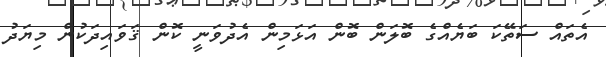
އެތައް ސަތޭކަ ބަޔެއްގެ ބޮލަން ބޮން އަޅަމިން އެދުވަނީ ކޮން ޤަވައިދަކުން މިޔަދު